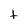
Character: t